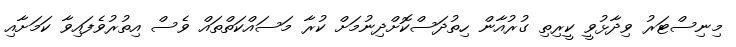
މިނިސްޓަރު ވިދާޅުވީ ކީރިތި ގުރުއާން ހިތުދަސްކޮށްދިނުމަށް ކުރާ މަސައްކަތްތައް ވެސް އިތުރުވެފައިވާ ކަމަށާއި